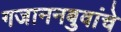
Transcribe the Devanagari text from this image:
गजाननबुवांचे